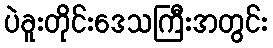
ပဲခူးတိုင်းဒေသကြီးအတွင်း